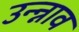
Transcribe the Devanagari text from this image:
उन्न्नाव